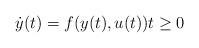
LaTeX: \begin{align*}\dot{y}(t)=f(y(t),u(t)) t \geq 0\end{align*}